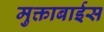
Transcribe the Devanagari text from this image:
मुक्ताबाईस